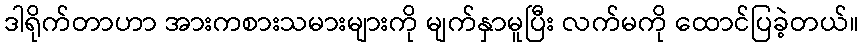
ဒါရိုက်တာဟာ အားကစားသမားများကို မျက်နှာမူပြီး လက်မကို ထောင်ပြခဲ့တယ်။